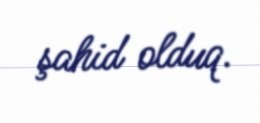
şahid olduq.